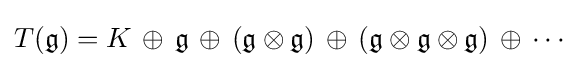
T({\mathfrak {g}})=K\,\oplus \,{\mathfrak {g}}\,\oplus \,({\mathfrak {g}}\otimes {\mathfrak {g}})\,\oplus \,({\mathfrak {g}}\otimes {\mathfrak {g}}\otimes {\mathfrak {g}})\,\oplus \,\cdots